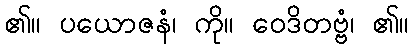
၏။ ပယောဇနံ၊ ကို။ ဝေဒိတဗ္ဗံ၊ ၏။